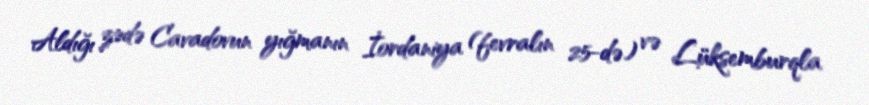
Aldığı zədə Cavadovun yığmanın İordaniya (fevralın 25-də) və Lüksemburqla